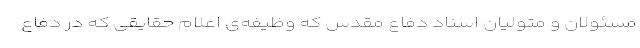
مسئولان و متولیان اسناد دفاع مقدس که وظیفه‌ی اعلام حقایقی که در دفاع